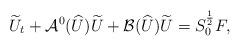
LaTeX: \begin{align*}\widetilde U_t + \mathcal{A}^0(\widehat U) \widetilde U + \mathcal{B}(\widehat U) \widetilde U = S_0^{\frac{1}{2}}F,\end{align*}